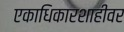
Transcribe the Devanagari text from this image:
एकाधिकारशाहीवर